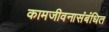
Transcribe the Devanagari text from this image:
कामजीवनासंबंधित